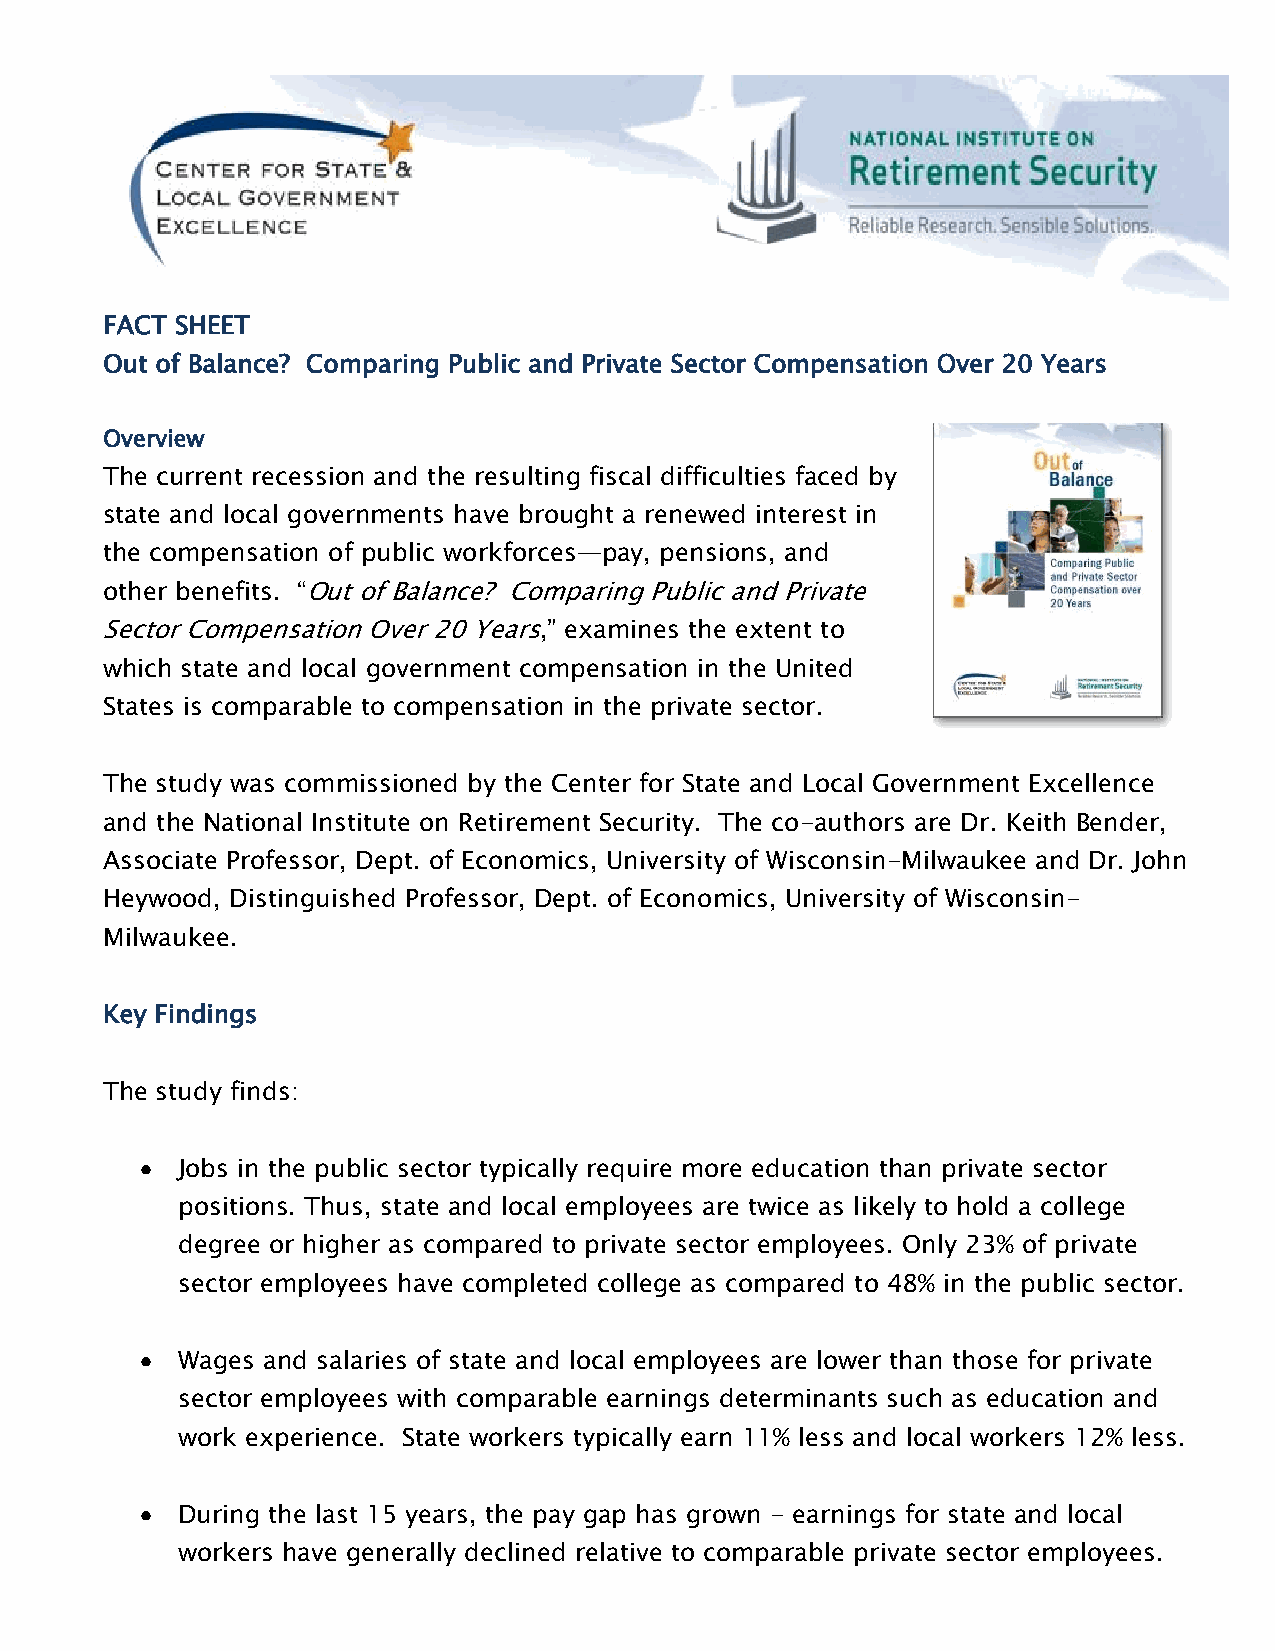
FACT SHEET
 Out of Balance? Comparing Public and Private Sector Compensation Over 20 Years
 Overview
 The current recession and the resulting fiscal difficulties faced by
 state and local governments have brought a renewed interest in
 the compensation of public workforces—pay, pensions, and
 other benefits. ―Out of Balance? Comparing Public and Private
 Sector Compensation Over 20 Years,‖ examines the extent to
 which state and local government compensation in the United
 States is comparable to compensation in the private sector.
 The study was commissioned by the Center for State and Local Government Excellence
 and the National Institute on Retirement Security. The co-authors are Dr. Keith Bender,
 Associate Professor, Dept. of Economics, University of Wisconsin-Milwaukee and Dr. John
 Heywood, Distinguished Professor, Dept. of Economics, University of Wisconsin-
 Milwaukee.
 Key Findings
 The study finds:
 Jobs in the public sector typically require more education than private sector
 positions. Thus, state and local employees are twice as likely to hold a college
 degree or higher as compared to private sector employees. Only 23% of private
 sector employees have completed college as compared to 48% in the public sector.
 Wages and salaries of state and local employees are lower than those for private
 sector employees with comparable earnings determinants such as education and
 work experience. State workers typically earn 11% less and local workers 12% less.
 During the last 15 years, the pay gap has grown - earnings for state and local
 workers have generally declined relative to comparable private sector employees.